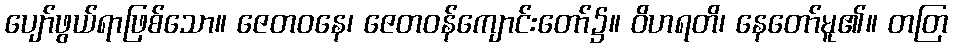
ပျော်ဖွယ်ရာဖြစ်သော။ ဇေတဝနေ၊ ဇေတဝန်ကျောင်းတော်၌။ ဝိဟရတိ၊ နေတော်မူ၏။ တတြ